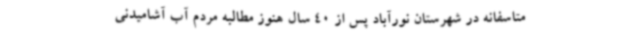
متاسفانه در شهرستان نورآباد پس از 40 سال هنوز مطالبه مردم آب آشامیدنی